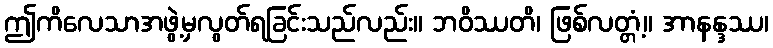
ဤကိလေသာအဖွဲ့မှလွတ်ရခြင်းသည်လည်း။ ဘဝိဿတိ၊ ဖြစ်လတ္တံ့။ အာနန္ဒဿ၊